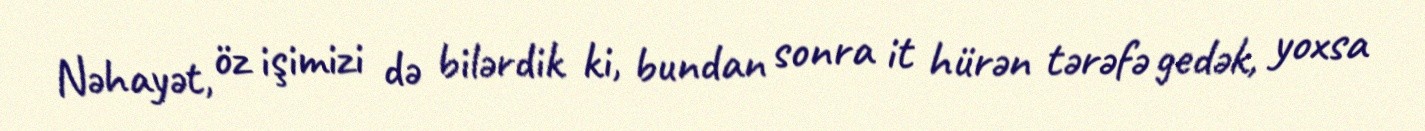
Nəhayət, öz işimizi də bilərdik ki, bundan sonra it hürən tərəfə gedək, yoxsa